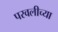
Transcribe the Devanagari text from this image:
परवलीच्या